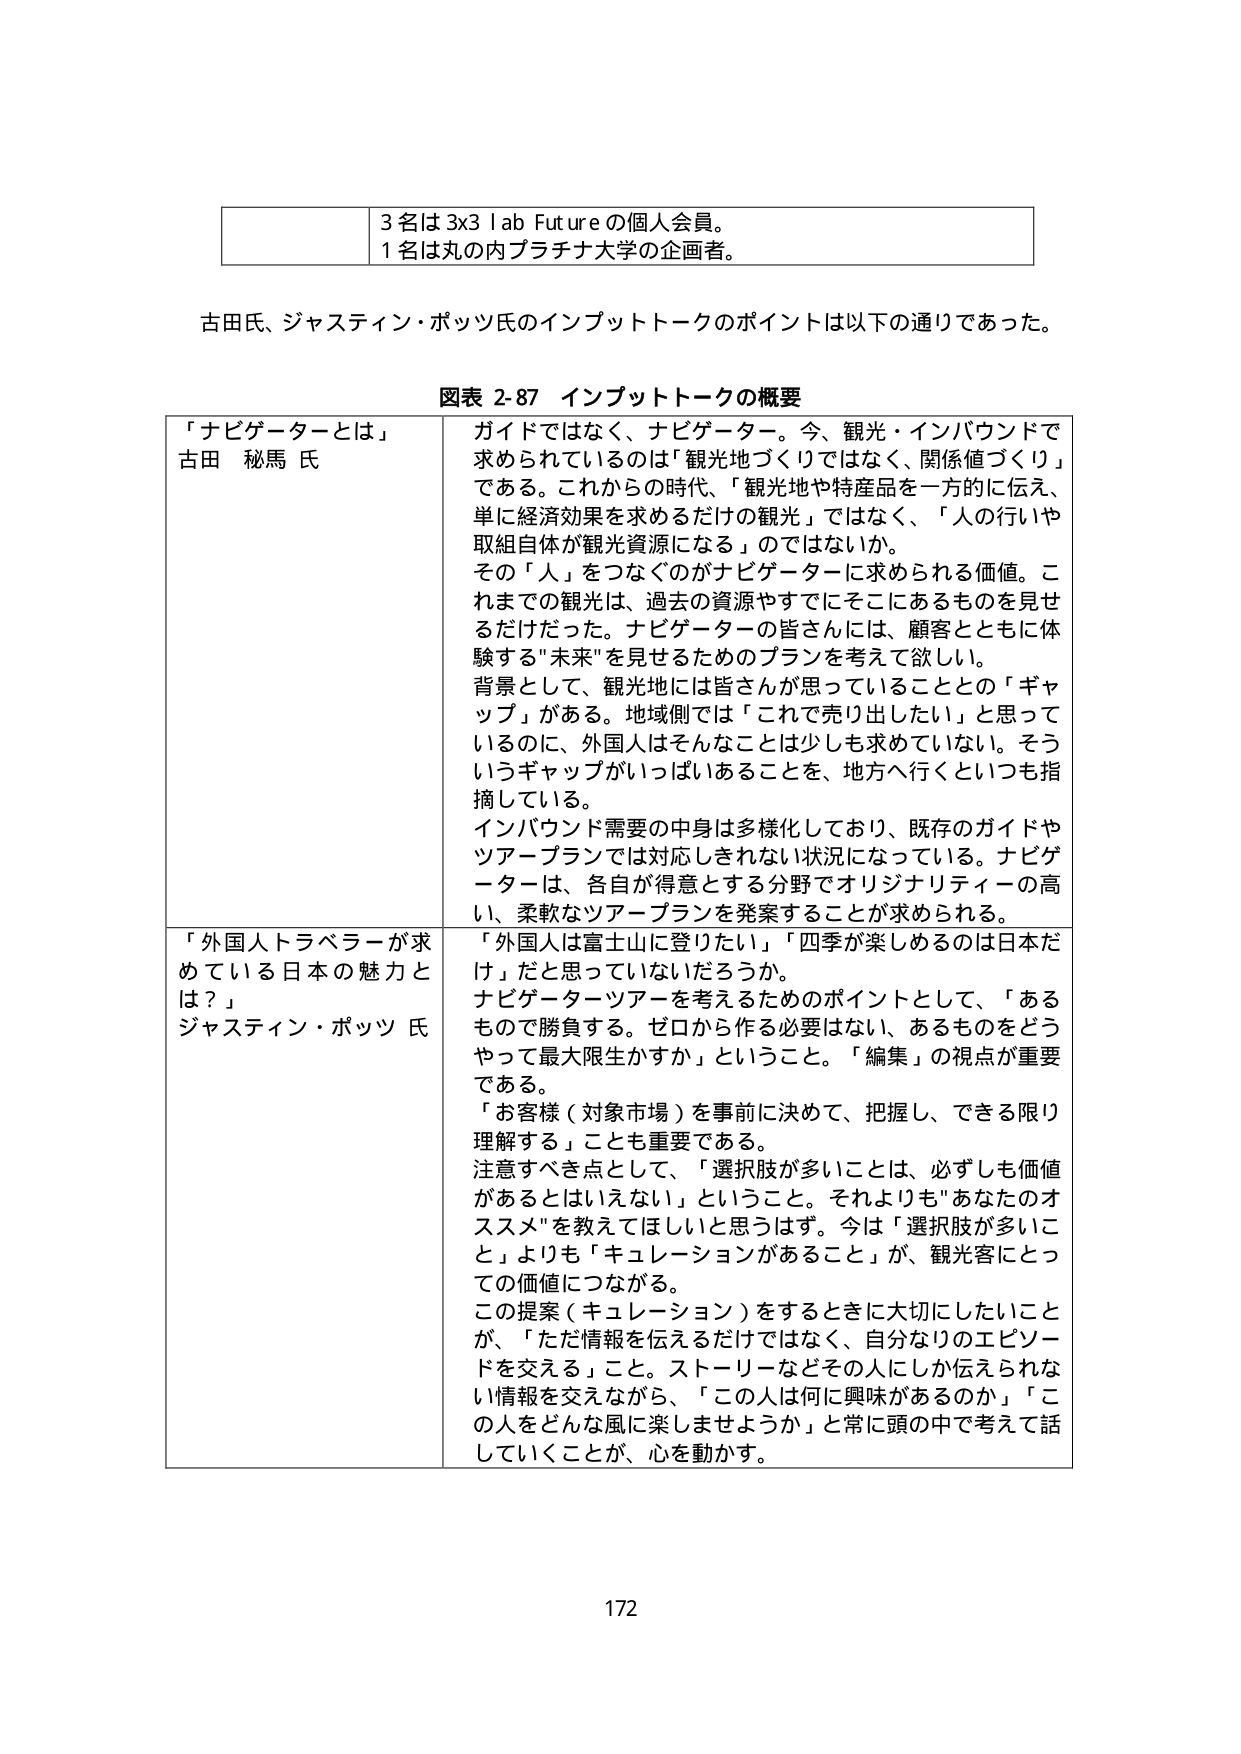
3 名は 3x3 lab Future の個人会員。
1 名は丸の内プラチナ大学の企画者。

古田氏、ジャスティン・ポッツ氏のインプットトークのポイントは以下の通りであった。

図表 2-87 インプットトークの概要

「ナビゲーターとは」
古田 秘馬 氏

ガイドではなく、ナビゲーター。今、観光・インバウンドで求められているのは「観光地づくりではなく、関係値づくり」である。これからの時代、「観光地や特産品を一方的に伝え、単に経済効果を求めるだけの観光」ではなく、「人の行いや取組自体が観光資源になる」のではないか。
その「人」をつなぐのがナビゲーターに求められる価値。これまでの観光は、過去の資源やすでにそこにあるものを見せるだけだった。ナビゲーターの皆さんは、顧客とともに体験する“未来”を見せるためのプランを考えて欲しい。
背景として、観光地には皆さんが思っていることとの「ギャップ」がある。地域側では「これで売り出したい」と思っているのに、外国人はそんなことは少しも求めていない。そういうギャップがいっぱいあることを、地方へ行くといつも指摘している。
インバウンド需要の中身は多様化しており、既存のガイドやツアープランでは対応しきれない状況になっている。ナビゲーターは、各自が得意とする分野でオリジナリティの高い、柔軟なツアープランを発案することが求められる。

「外国人トラベラーが求めている日本の魅力とは？」
ジャスティン・ポッツ 氏

「外国人は富士山に登りたい」「四季が楽しめるのは日本だけ」だと思っていないだろうか。
ナビゲーターツアーを考えるためのポイントとして、「あるもので勝負する。ゼロから作る必要はない、あるものをどうやって最大限生かすか」ということ。「編集」の視点が重要である。
「お客様（対象市場）を事前に決めて、把握し、できる限り理解する」ことも重要である。
注意すべき点として、「選択肢が多いことは、必ずしも価値があるとはいえない」ということ。それよりも“あなたのオススメ”を教えてほしいと思うはず。今は「選択肢が多いこと」よりも「キュレーションがあること」が、観光客にとっての価値につながる。
この提案（キュレーション）をするときに大切にしたいことが、「ただ情報を伝えるだけではなく、自分なりのエピソードを交える」こと。ストーリーなどその人にしか伝えられない情報を交えながら、「この人は何に興味があるのか」「この人をどんな風に楽しませようか」と常に頭の中で考えて話していくことが、心を動かす。

172